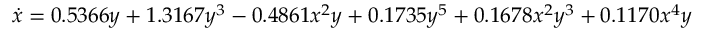
\dot { x } = 0 . 5 3 6 6 y + 1 . 3 1 6 7 y ^ { 3 } - 0 . 4 8 6 1 x ^ { 2 } y + 0 . 1 7 3 5 y ^ { 5 } + 0 . 1 6 7 8 x ^ { 2 } y ^ { 3 } + 0 . 1 1 7 0 x ^ { 4 } y